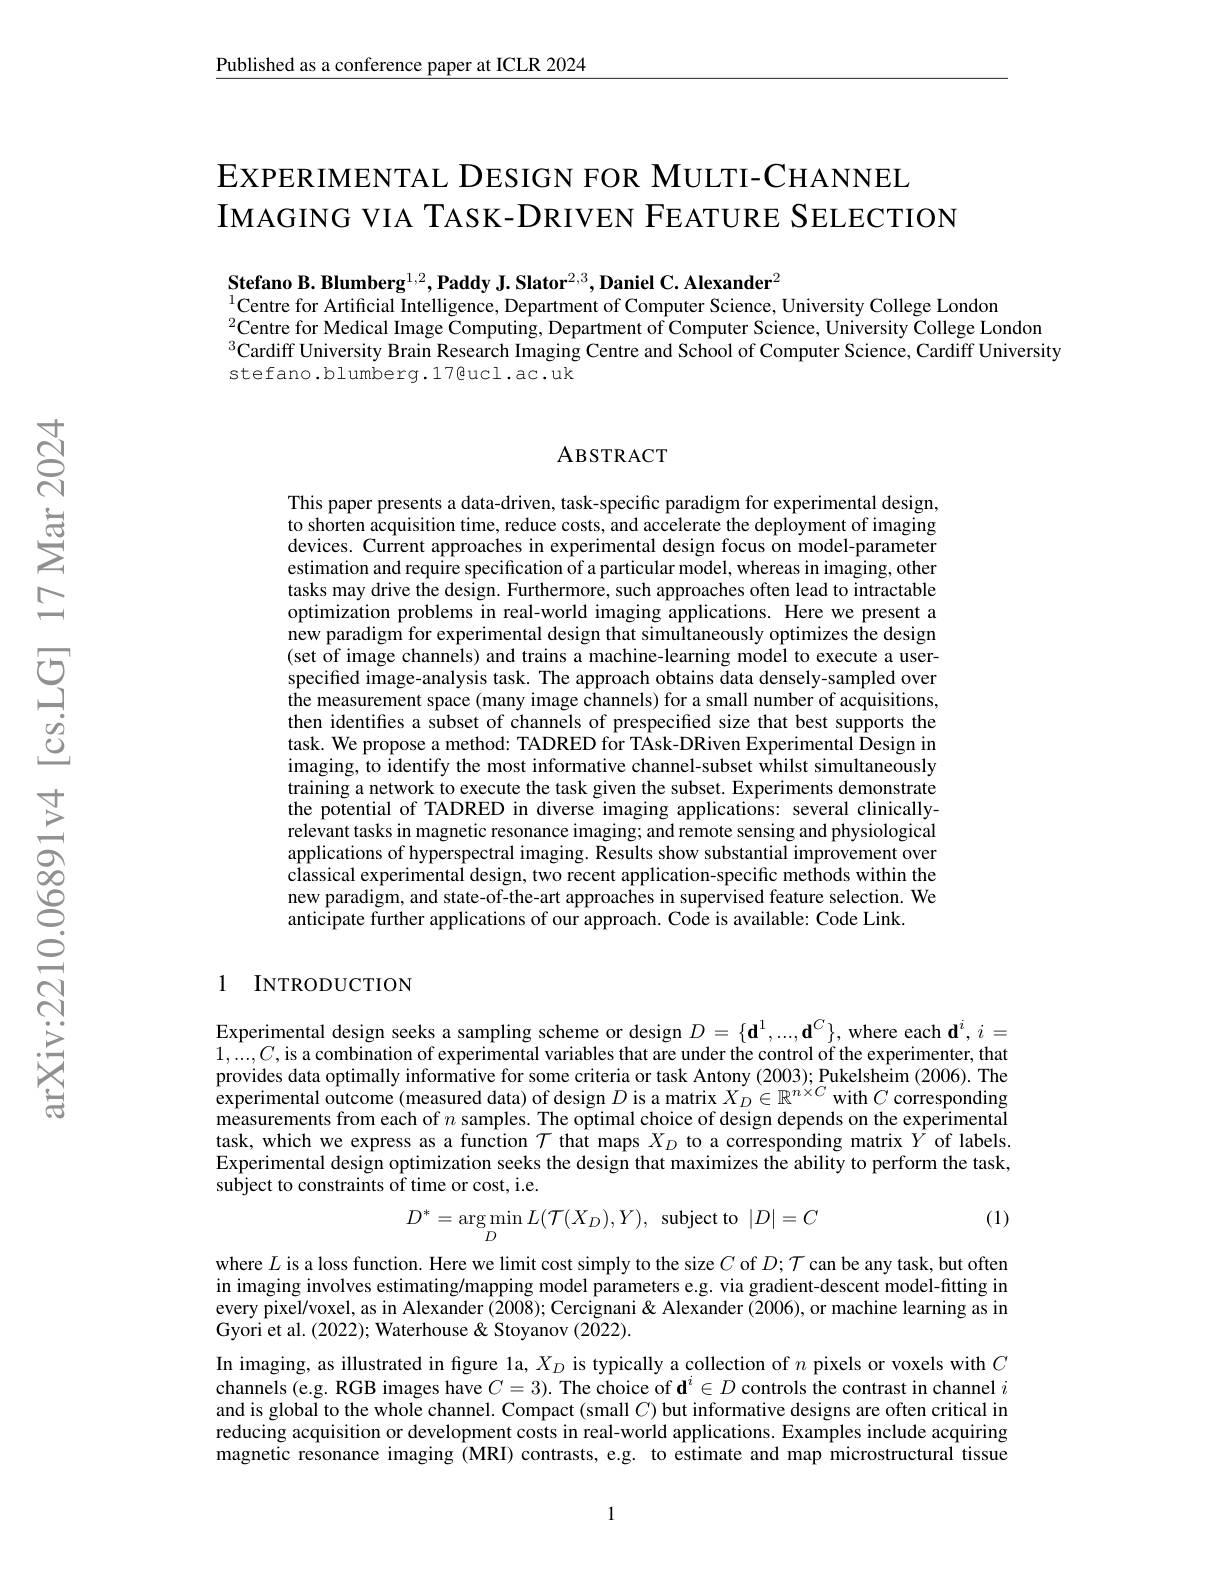
$\underline{\text{Published as a conference paper at ICLR 2024}}$

EXPERIMENTAL DESIGN FOR MULTI-CHANNEL
IMAGING VIA TASK-DRIVEN FEATURE SELECTION

Stefano B. Blumberg$^1,2,\textbf{Paddy J. Slator}^{2,3},\textbf{Daniel C. Alexander}^{2}$
$^{1}$Centre for Artificial Intelligence, Department of Computer Science, University College London
$^{2}$Centre for Medical Image Computing, Department of Computer Science, University College London $^{3}$Cardiff University Brain Research Imaging Centre and School of Computer Science, Cardiff University stefano.blumberg.17@ucl.ac.uk

### ABSTRACT

This paper presents a data-driven, task-specific paradigm for experimental design, to shorten acquisition time, reduce costs, and accelerate the deployment of imaging devices. Current approaches in experimental design focus on model-parameter estimation and require specification of a particular model, whereas in imaging, other tasks may drive the design. Furthermore, such approaches often lead to intractable optimization problems in real-world imaging applications. Here we present a new paradigm for experimental design that simultaneously optimizes the design (set of image channels) and trains a machine-learning model to execute a userspecified image-analysis task. The approach obtains data densely-sampled over $\hat{\text{the measurement space(many image channels) for a small number of acquisitions,}}$ then identifes a subset of channels of prespecified size that best supports the task. We propose a method: TADRED for TAsk-DRiven Experimental Design in imaging, to identify the most informative channel-subset whilst simultaneously training a network to execute the task given the subset. Experiments demonstrate the potential of TADRED in diverse imaging applications: several clinicallyrelevant tasks in magnetic resonance imaging; and remote sensing and physiological applications of hyperspectral imaging. Results show substantial improvement over classical experimental design, two recent application-specific methods within the new paradigm, and state-of-the-art approaches in supervised feature selection. We anticipate further applications of our approach. Code is available: Code Link.

## 1 INTRODUCTION

Experimental design seeks a sampling scheme or design $D=\{\mathbf{d}^1,...,\mathbf{d}^C\}$, where each $\mathbf{d}^i,i=$ $1,...,C$,is a combination of experimental variables that are under the control of the experimenter, that provides data optimally informative for some criteria or task Antony (2003); Pukelsheim (2006). The experimental outcome (measured data) of design $D$ is a matrix $X_D\in\mathbb{R}^{n^{\prime}\times C}$ with $C$ corresponding measurements from each of $n$ samples. The optimal choice of design depends on the experimental task, which we express as a function $\mathcal{T}$ that maps $X_D$ to a corresponding matrix $\hat{Y}$ of labels. Experimental design optimization seeks the design that maximizes the ability to perform the task, subject to constraints of time or cost, i.e.
$$D^*=\underset{D}{\arg\min}L(\mathcal{T}(X_D),Y),\:\text{subject to}\:|D|=C$$
(1)

where $L$ is a loss function. Here we limit cost simply to the size $C$ of $D;\mathcal{T}$ can be any task, but often in imaging involves estimating/mapping model parameters e.g. via gradient-descent model-fitting in every pixel/voxel, as in Alexander (2008); Cercignani & Alexander (2006), or machine learning as in Gyori et al. (2022); Waterhouse & Stoyanov (2022).
In imaging, as illustrated in figure la, $X_D$ is typically a collection of $n$ pixels or voxels with $C$ channels (e.g. RGB images have $C=3).$ The choice of d$^i\in D$controls the contrast in channel $i$ and is global to the whole channel. Compact (small $C)$ but informative designs are often critical in reducing acquisition or development costs in real-world applications. Examples include acquiring magnetic resonance imaging (MRI) contrasts, e.g. to estimate and map microstructural tissue

1